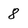
Character: 8